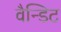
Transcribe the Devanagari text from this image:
वैन्डिट